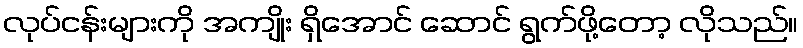
လုပ်ငန်းများကို အကျိုး ရှိအောင် ဆောင် ရွက်ဖို့တော့ လိုသည်။